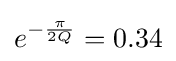
e^{-{\frac {\pi }{2Q}}}=0.34